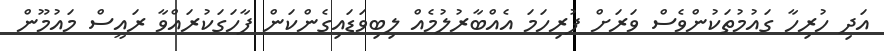
އަދި ހުރިހާ ގައުމުތަކުންވެސް ވަރަށް ފުރިހަމަ އެއްބާރުލުމެއް ލިބިވަޑައިގެންކަން ފާހަގަކުރައްވާ ރައީސް މައުމޫން